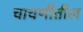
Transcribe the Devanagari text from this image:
चाचणीतील